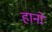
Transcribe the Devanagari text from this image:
हानो